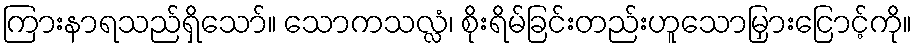
ကြားနာရသည်ရှိသော်။ သောကသလ္လံ၊ စိုးရိမ်ခြင်းတည်းဟူသောမြှားငြောင့်ကို။